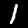
Digit: 1